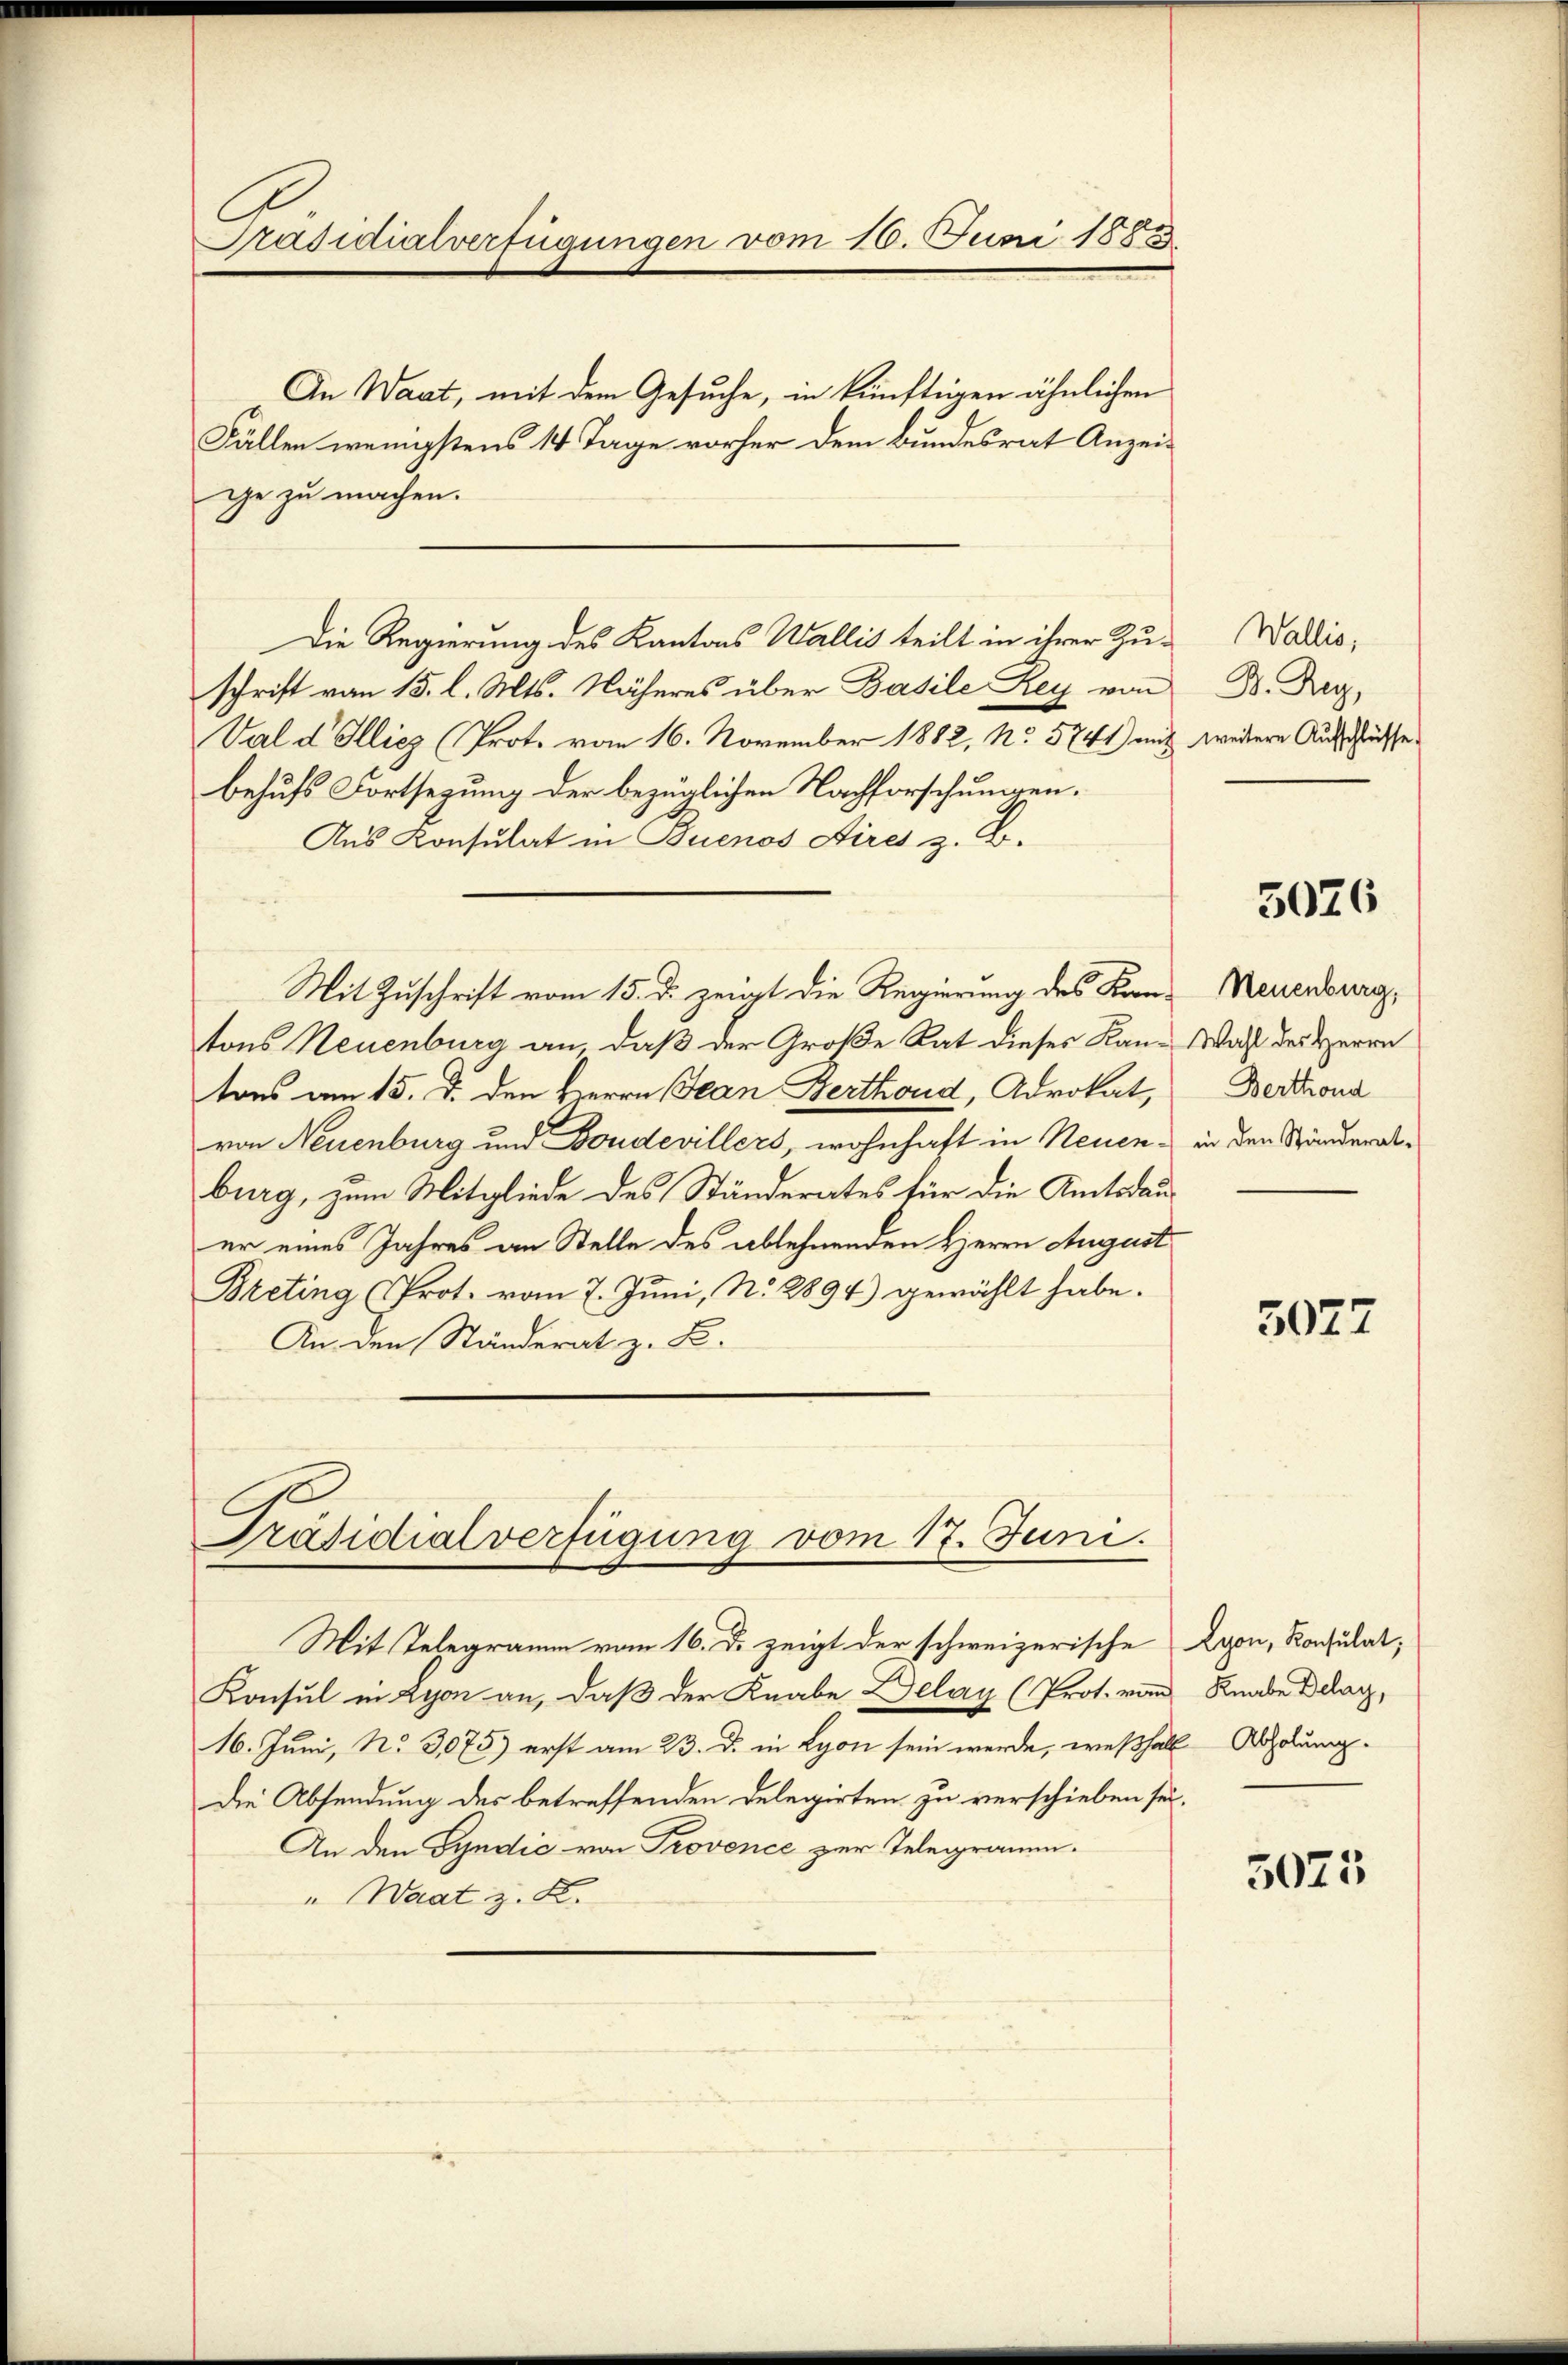
Präsidialverfügungen vom 16. Juni 1883

ge zu machen.
Die Regierung des Kantons Wallis teilt in ihrer Zuschrift vom 15. l. Mts. Näheres über Basile Rey von
Val d Illiez (Prot. vom 16. November 1882, No 5741 mit weitere Aufschüsse
behufs Fortsezung der bezüglichen Nachforschungen.
Aus Konsulat in Buenos Aires z. B.
Mit Zuschrift vom 15. d. zeigt die Regierung des Kanons Neuenburg an, daß der Große Rat dieses Kantons am 15. d. den Herrn Jean Berthoud, Advokat,
von Neuenburg und Bondevillers, wohnhaft in Neuenburg, zum Mitgliede des Ständerates für die Amtsdauer eines Jahres an Stelle des ablehnenden Herrn August
Breting (Prot. vom 7. Juni, N. 2894) gewählt habe.
An den Ständerat z. B.

In Waat, mit dem Gesuche, in künftigen ähnlichen
Fällen wenigstens 14 Tage vorher dem Bundesrat Anzei¬

Präsidialverfügung vom 17. Juni.

Konsul in Lyon an, daß der Knabe Delay (Prot. von Knabe Delag,
16. Juni, No 3,075) erst am 23. d. in Lyon sein werde, weßhalb Abholung
die Absendung des betreffenden Delegirten zu verschieben sei.
An den Syndic von Provence zur Telegramm.
"Waat z. K.

Mit Telegramm vom 16. d. zeigt der schweizerische

Wallis,
B. Reg

5026

Neuenburg,
Wahl des Herrn
Berthond
in den Ständerat-

5027

Lyon, Konsulat,

5023